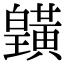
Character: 𪏓